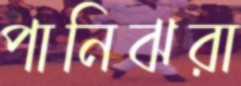
পানিঝরা